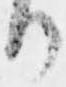
り